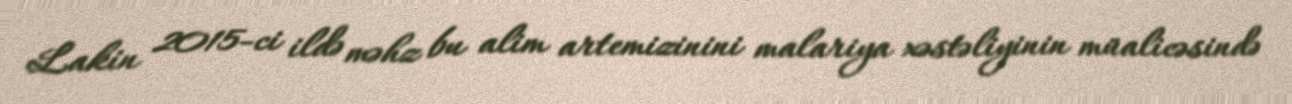
Lakin 2015-ci ildə məhz bu alim artemizinini malariya xəstəliyinin müalicəsində